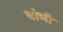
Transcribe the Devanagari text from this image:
धोभी